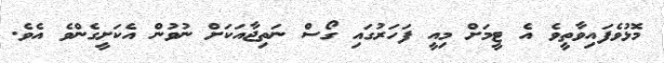
މޮޅުވެފައިވާތީވެ އެ ޓީމަށް މިއީ ފަހަރުގައި ގޯސް ނަތިޖާއަކަށް ނުވުން އެކަށީގެންވެ އެވެ.